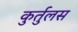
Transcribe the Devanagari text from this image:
कुर्तुलस